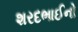
શરદભાઈનો